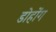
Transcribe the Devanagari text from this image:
डोहोंग